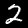
Digit: 2